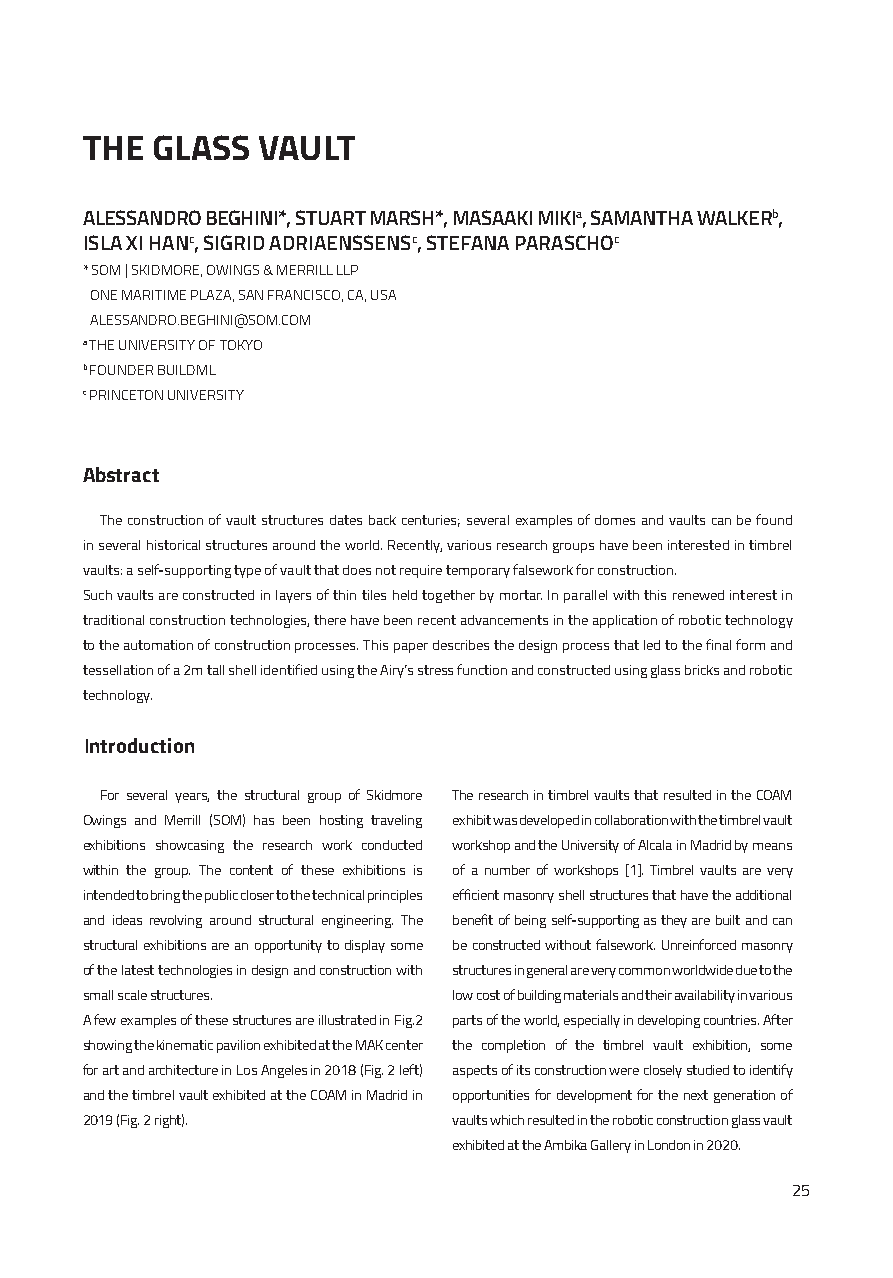
THE  GLASS  VAULT
 ALESSANDRO BEGHINI*, STUART MARSH*, MASAAKI MIKIa, SAMANTHA WALKERb,
 ISLA XI HANc, SIGRID ADRIAENSSENSc, STEFANA PARASCHOc
 * SOM | SKIDMORE, OWINGS & MERRILL LLP
 ONE MARITIME PLAZA, SAN FRANCISCO, CA, USA
 ALESSANDRO.BEGHINI@SOM.COM
 a THE UNIVERSITY OF TOKYO
 b FOUNDER BUILDML
 c PRINCETON UNIVERSITY
 Abstract
 The construction of vault structures dates back centuries; several examples of domes and vaults can be found
 in several historical structures around the world. Recently, various research groups have been interested in timbrel
 vaults: a self-supporting type of vault that does not require temporary falsework for construction.
 Such vaults are constructed in layers of thin tiles held together by mortar. In parallel with this renewed interest in
 traditional construction technologies, there have been recent advancements in the application of robotic technology
 to the automation of construction processes. This paper describes the design process that led to the final form and
 tessellation of a 2m tall shell identified using the Airy’s stress function and constructed using glass bricks and robotic
 technology.
 Introduction
 For several years, the structural group of Skidmore The research in timbrel vaults that resulted in the COAM
 Owings and Merrill (SOM) has been hosting traveling exhibit was developed in collaboration with the timbrel vault
 exhibitions showcasing the research work conducted workshop and the University of Alcala in Madrid by means
 within the group. The content of these exhibitions is of a number of workshops [1]. Timbrel vaults are very
 intended to bring the public closer to the technical principles efficient masonry shell structures that have the additional
 and ideas revolving around structural engineering. The benefit of being self-supporting as they are built and can
 structural exhibitions are an opportunity to display some be constructed without falsework. Unreinforced masonry
 of the latest technologies in design and construction with structures in general are very common worldwide due to the
 small scale structures.  low cost of building materials and their availability in various
 A few examples of these structures are illustrated in Fig.2 parts of the world, especially in developing countries. After
 showing the kinematic pavilion exhibited at the MAK center the completion of the timbrel vault exhibition, some
 for art and architecture in Los Angeles in 2018 (Fig. 2 left) aspects of its construction were closely studied to identify
 and the timbrel vault exhibited at the COAM in Madrid in opportunities for development for the next generation of
 2019 (Fig. 2 right).     vaults which resulted in the robotic construction glass vault
 exhibited at the Ambika Gallery in London in 2020.
 25